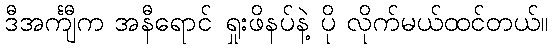
ဒီအင်္ကျီက အနီရောင် ရှုးဖိနပ်နဲ့ ပို လိုက်မယ်ထင်တယ်။